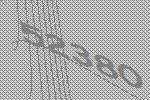
52380